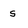
Character: s